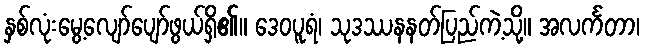
နှစ်လုံးမွေ့လျော်ပျော်ဖွယ်ရှိ၏။ ဒေဝပူရံ၊ သုဒဿနနတ်ပြည်ကဲ့သို့။ အလင်္ကတာ၊